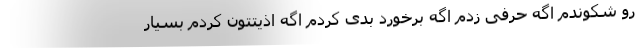
رو شکوندم اگه حرفی زدم اگه برخورد بدی کردم اگه اذیتتون کردم بسیار